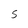
Character: S